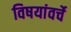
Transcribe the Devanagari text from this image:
विषयांवर्चे